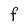
Character: F